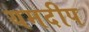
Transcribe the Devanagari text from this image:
यमदीप